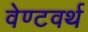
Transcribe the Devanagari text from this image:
वेण्टवर्थ